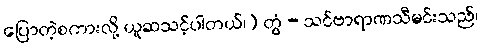
ပြောတဲ့စကားလို့ ယူဆသင့်ပါတယ်၊) တွံ - သင်ဗာရာဏသီမင်းသည်၊